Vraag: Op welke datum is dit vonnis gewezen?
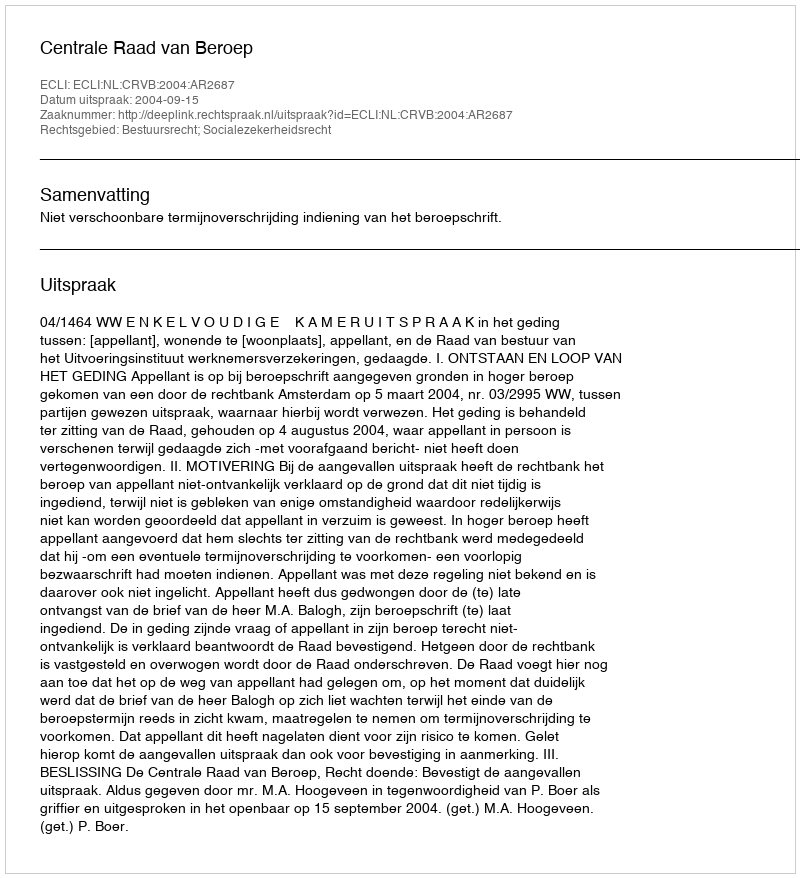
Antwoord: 2004-09-15